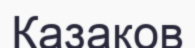
Казаков